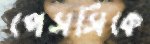
পেসসিকে